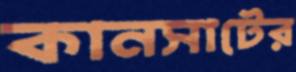
কানসাটের